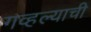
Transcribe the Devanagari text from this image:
गव्हल्याची